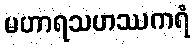
မဟာရသဟဿကရံ